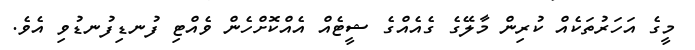
މީގެ އަހަރުތަކެއް ކުރިން މާލޭގެ ގެއެއްގެ ޝީޓެއް އެއްކޮށްހެން ވެއްޓި ފުނޑިފުނޑުވި އެވެ.